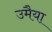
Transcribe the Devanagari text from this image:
उमैया